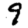
Digit: 9